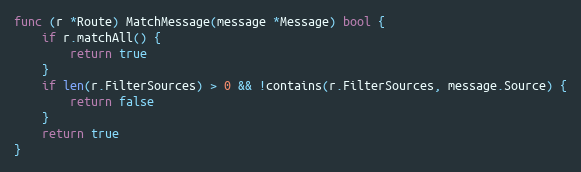
Language: Go
func (r *Route) MatchMessage(message *Message) bool {
	if r.matchAll() {
		return true
	}
	if len(r.FilterSources) > 0 && !contains(r.FilterSources, message.Source) {
		return false
	}
	return true
}